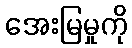
အေးမြမှုကို